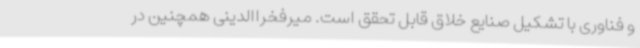
و فناوری با تشکیل صنایع خلاق قابل تحقق است. میرفخراالدینی همچنین در